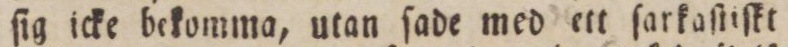
ſig icke bekomma, utan ſade med ett ſarkaſtiſkt